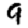
Digit: 9